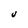
Character: U